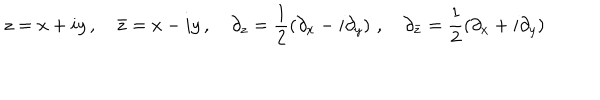
z = x + i y \, , \quad \bar { z } = x - i y \, , \quad \partial _ { z } = \frac { 1 } { 2 } \left( \partial _ { x } - i \partial _ { y } \right) \, , \quad \partial _ { \bar { z } } = \frac { 1 } { 2 } \left( \partial _ { x } + i \partial _ { y } \right) \,